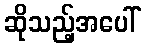
ဆိုသည့်အပေါ်